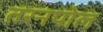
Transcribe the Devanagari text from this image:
तरनपोल